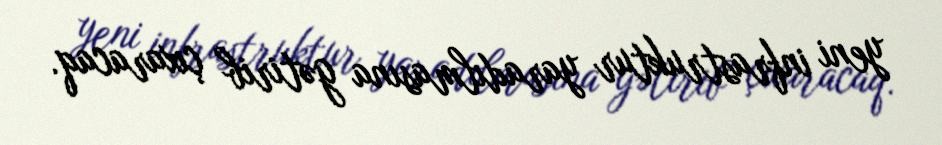
yeni infrastruktur yaradılmasına gətirib çıxaracaq.